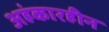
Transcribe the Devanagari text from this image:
अहंकारहीन